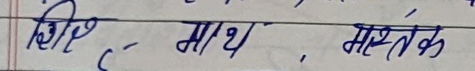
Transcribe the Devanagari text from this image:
शिर - माथ, मस्तक